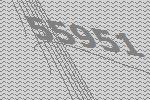
55951